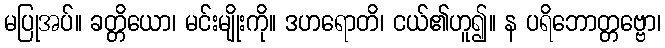
မပြုအပ်။ ခတ္တိယော၊ မင်းမျိုးကို။ ဒဟရောတိ၊ ငယ်၏ဟူ၍။ န ပရိဘောတ္တဗ္ဗော၊